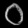
Digit: ၀